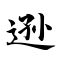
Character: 逊